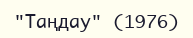
"Таңдау" (1976)